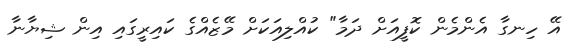
އޭ ހިނގާ އެންމެން ކޮފީއަށް ދަމާ" ކުއްލިއަކަށް މޭޒެއްގެ ކައިރީގައި އިން ޝިޔާނާ